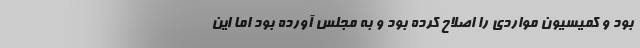
بود و کمیسیون مواردی را اصلاح کرده بود و به مجلس آورده بود اما این